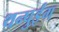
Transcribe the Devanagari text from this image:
थन्पुईंग